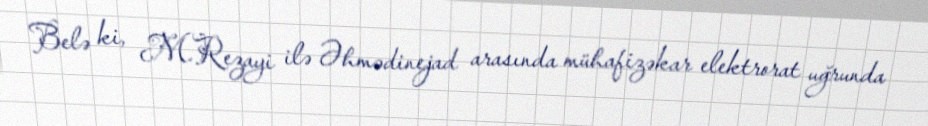
Belə ki, M.Rezayi ilə Əhmədinejad arasında mühafizəkar elektrorat uğrunda